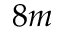
8 m